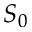
S _ { 0 }